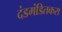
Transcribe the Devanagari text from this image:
दंडमंडितकरा